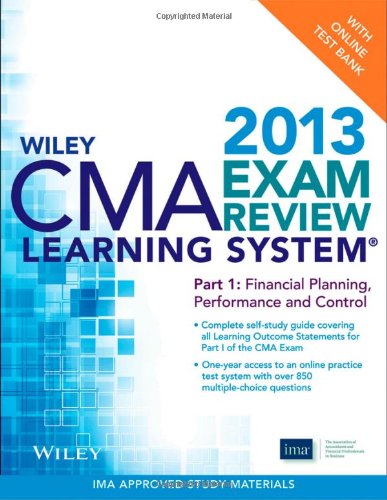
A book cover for Wiley CMA Learning System Exam Review 2013, Financial Planning, Performance and Control, + Test Bank (Part 1); IMA; Test Preparation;